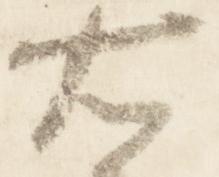
右